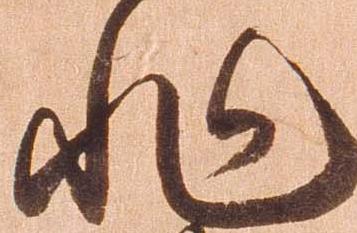
非